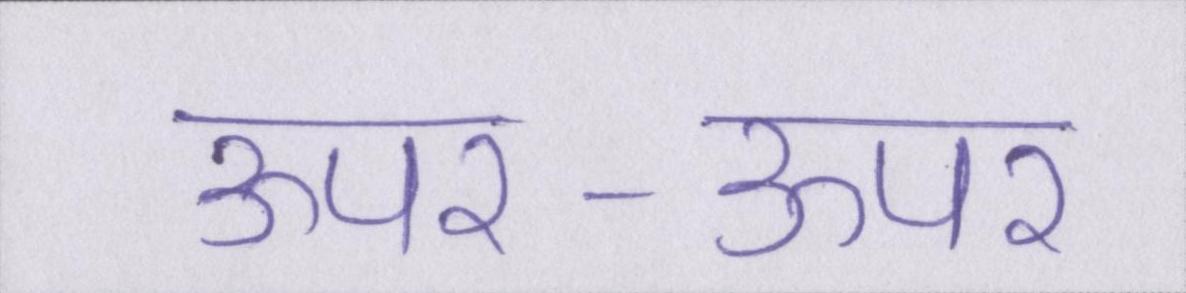
ऊपर-ऊपर